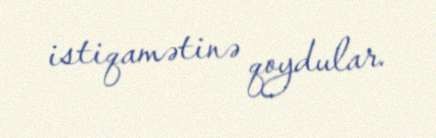
istiqamətinə qoydular.